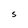
Character: S